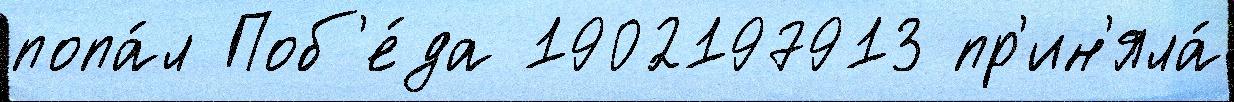
попа́л Поб'е́да 1902197913 пр'ин'яла́